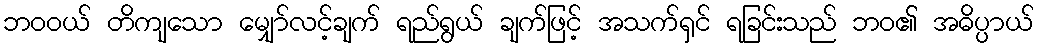
ဘဝဝယ် တိကျသော မျှော်လင့်ချက် ရည်ရွယ် ချက်ဖြင့် အသက်ရှင် ရခြင်းသည် ဘဝ၏ အဓိပ္ပာယ်